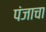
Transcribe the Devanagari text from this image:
पंजाचा